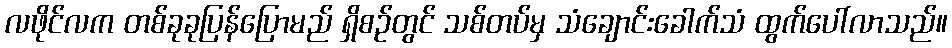
လဖိုင်လက တစ်ခုခုပြန်ပြောမည် ရှိစဉ်တွင် သစ်တပ်မှ သံချောင်းခေါက်သံ ထွက်ပေါ်လာသည်။